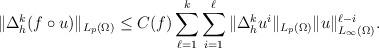
LaTeX: \begin{align*}\| \Delta_h^k (f\circ u) \|_{L_p(\Omega)}\le C(f) \sum_{\ell=1}^{k} \sum_{i=1}^\ell \| \Delta_h^k u^i\|_{L_p(\Omega)}\| u \|_{L_\infty(\Omega)}^{\ell-i}.\end{align*}